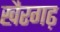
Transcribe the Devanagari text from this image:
खैरगढ़